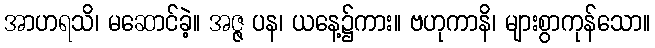
အာဟရသိ၊ မဆောင်ခဲ့။ အဇ္ဇ ပန၊ ယနေ့၌ကား။ ဗဟုကာနိ၊ များစွာကုန်သော။